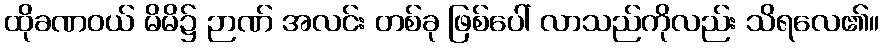
ထိုခဏဝယ် မိမိ၌ ဉာဏ် အလင်း တစ်ခု ဖြစ်ပေါ် လာသည်ကိုလည်း သိရလေ၏။